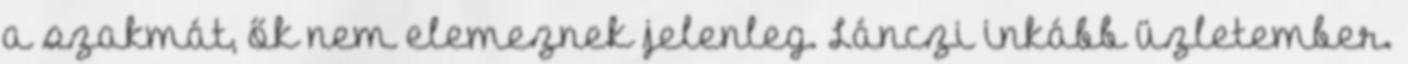
a szakmát, ők nem elemeznek jelenleg. Lánczi inkább üzletember.